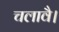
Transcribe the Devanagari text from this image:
चलावै।